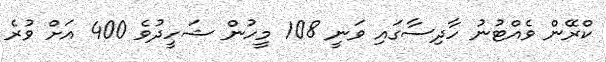
ކްރޭން ވެއްޓުނު ހާދިސާގައި ވަނީ 108 މީހުން ޝަހީދުވެ 400 އަށް ވުރެ